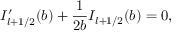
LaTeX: I _ { l + 1 / 2 } ^ { \prime } ( b ) + { \frac { 1 } { 2 b } } I _ { l + 1 / 2 } ( b ) = 0 ,